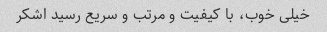
خیلی خوب، با کیفیت و مرتب و سریع رسید اشکر